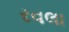
રવલા